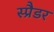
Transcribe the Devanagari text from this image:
स्प्रैडर